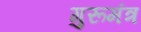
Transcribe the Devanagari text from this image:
गुरूमंत्र